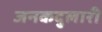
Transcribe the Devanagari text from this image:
जनकदुलारी